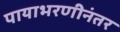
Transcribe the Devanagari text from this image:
पायाभरणीनंतर